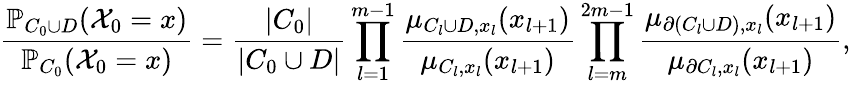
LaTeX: \frac{\mathbb{P}_{C_{0}\cup D}(\mathcal X_{0}=x)}{\mathbb{P}_{C_{0}}(\mathcal X_{0}=x)}=\frac{|C_{0}|}{|C_{0}\cup D|}\prod_{l=1}^{m-1}\frac{\mu_{C_{l}\cup D,x_{l}}(x_{l+1})}{\mu_{C_{l},x_{l}}(x_{l+1})}\prod_{l=m}^{2m-1}\frac{\mu_{\partial(C_{l}\cup D),x_{l}}(x_{l+1})}{\mu_{\partial C_{l},x_{l}}(x_{l+1})},